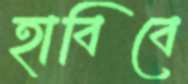
হাবিবে